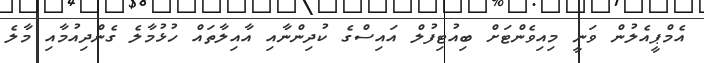
އެމްޕީއެލުން ވަނީ މިއިވެންޓަށް ބިއުޓިފުލް އައިސްގެ ކުދިންނާއި އާއިލާތައް ހުޅުމާލެ ގެންދިއުމާއި މާލެ